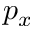
p _ { x }